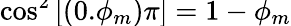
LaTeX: \smash{\cos^{2}{\left[(0.\phi_{m})\pi\right]}}=1-\phi_{m}